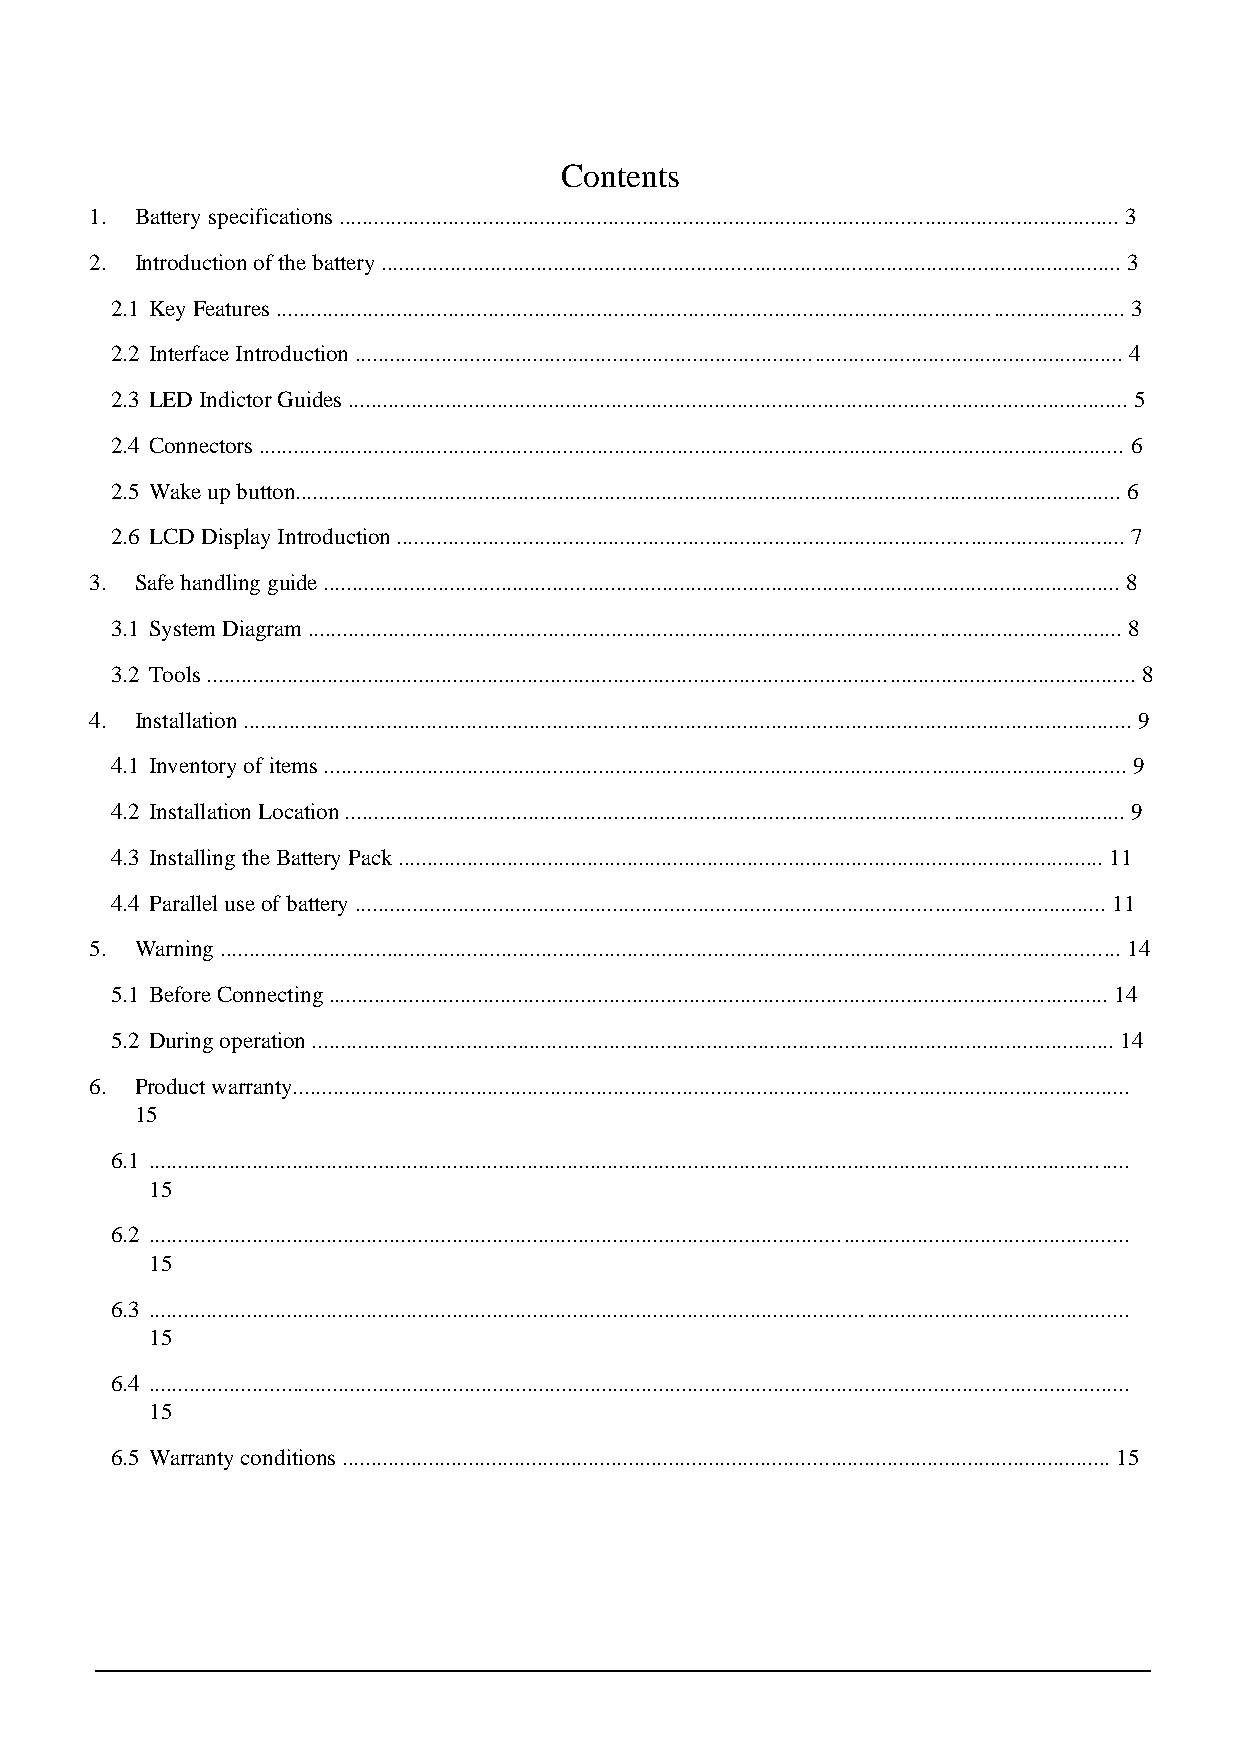
Contents
 1. Battery specifications ........................................................................................................................................ 3
 2. Introduction of the battery ................................................................................................................................. 3
 2.1 Key Features .................................................................................................................................................... 3
 2.2 Interface Introduction ...................................................................................................................................... 4
 2.3 LED Indictor Guides ........................................................................................................................................ 5
 2.4 Connectors ....................................................................................................................................................... 6
 2.5 Wake up button................................................................................................................................................ 6
 2.6 LCD Display Introduction ............................................................................................................................... 7
 3. Safe handling guide ........................................................................................................................................... 8
 3.1 System Diagram .............................................................................................................................................. 8
 3.2 Tools .................................................................................................................................................................. 8
 4. Installation ........................................................................................................................................................... 9
 4.1 Inventory of items ............................................................................................................................................ 9
 4.2 Installation Location ........................................................................................................................................ 9
 4.3 Installing the Battery Pack ........................................................................................................................... 11
 4.4 Parallel use of battery ................................................................................................................................... 11
 5. Warning ............................................................................................................................................................. 14
 5.1 Before Connecting ........................................................................................................................................ 14
 5.2 During operation ............................................................................................................................................ 14
 6. Product warranty..................................................................................................................................................
 15
 6.1 ...........................................................................................................................................................................
 15
 6.2 ...........................................................................................................................................................................
 15
 6.3 ...........................................................................................................................................................................
 15
 6.4 ...........................................................................................................................................................................
 15
 6.5 Warranty conditions ...................................................................................................................................... 15